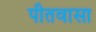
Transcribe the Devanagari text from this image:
पीतवासा